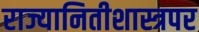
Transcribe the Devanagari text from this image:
राज्यानितीशास्त्रपर